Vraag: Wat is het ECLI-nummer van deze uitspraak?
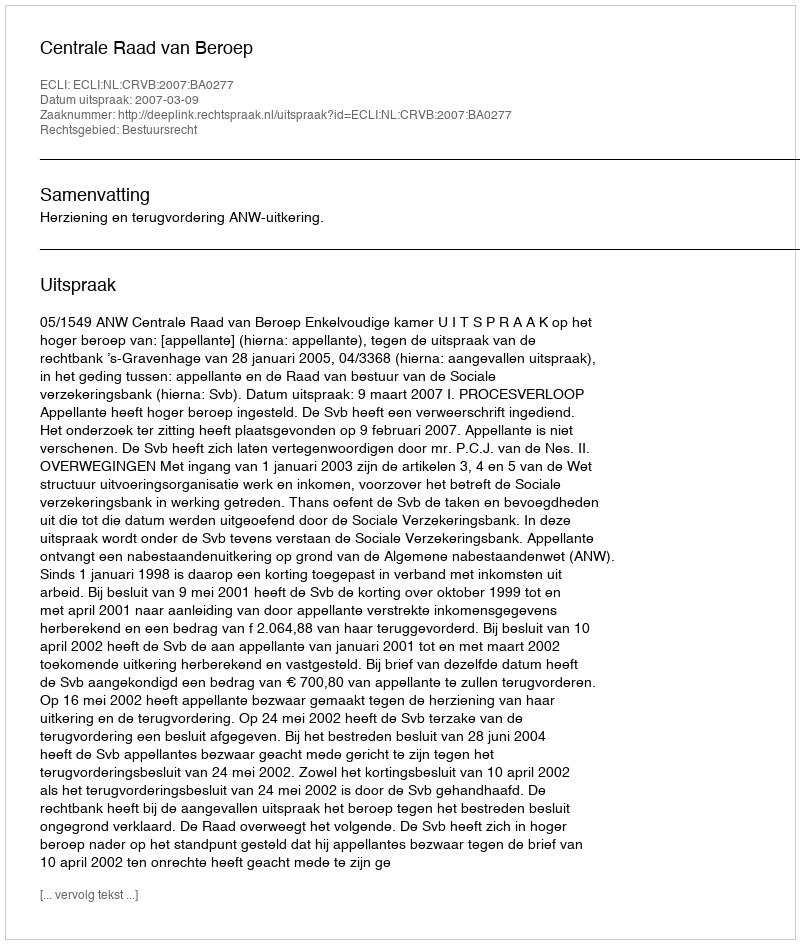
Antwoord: ECLI:NL:CRVB:2007:BA0277